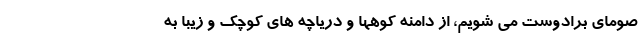
صومای برادوست می شویم، از دامنه کوهها و دریاچه های کوچک و زیبا به